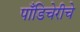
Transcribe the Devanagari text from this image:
पाँडिचेरीचे